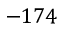
- 1 7 4